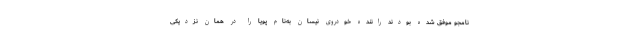
نامجو موفق شده بودند راننده خودروی نیسان به‌نام پویا را در همان نزدیکی